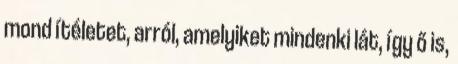
mond ítéletet, arról, amelyiket mindenki lát, így ő is,